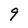
Character: 9